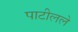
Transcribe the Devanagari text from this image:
पाटीलले